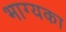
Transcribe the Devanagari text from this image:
भाग्यका